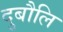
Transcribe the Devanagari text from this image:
दुबौलि